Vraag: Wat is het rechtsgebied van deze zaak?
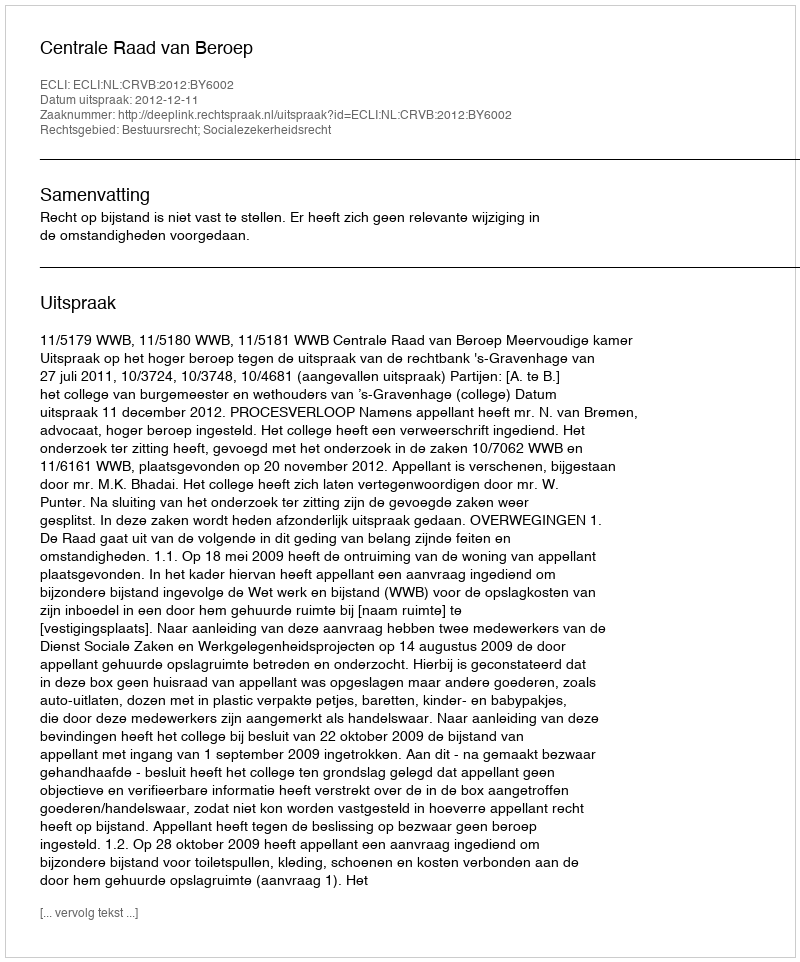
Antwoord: Bestuursrecht; Socialezekerheidsrecht